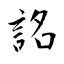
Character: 詺